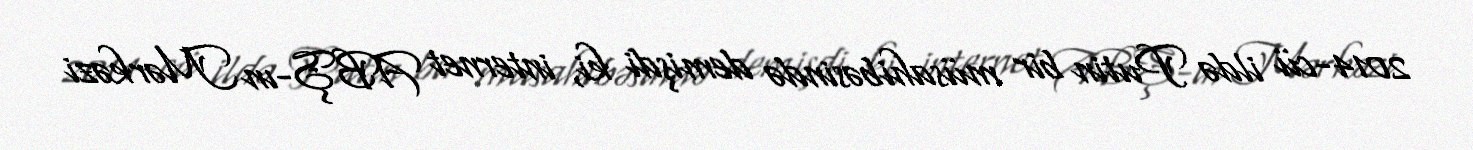
2014-cü ildə Putin bir müsahibəsində demişdi ki, internet ABŞ-ın Mərkəzi